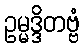
ဥမ္မဒ္ဒိတဗ္ဗံ